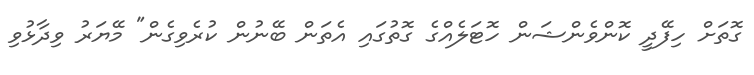
ގޮތަށް ހިފޭދީ ކޮންވެންޝަން ހޮޓަލެއްގެ ގޮތުގައި އެތަން ބޭނުން ކުރެވިގެން" މޭޔަރު ވިދާޅުވި